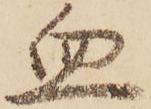
血